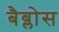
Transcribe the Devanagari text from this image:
बैब्लोस